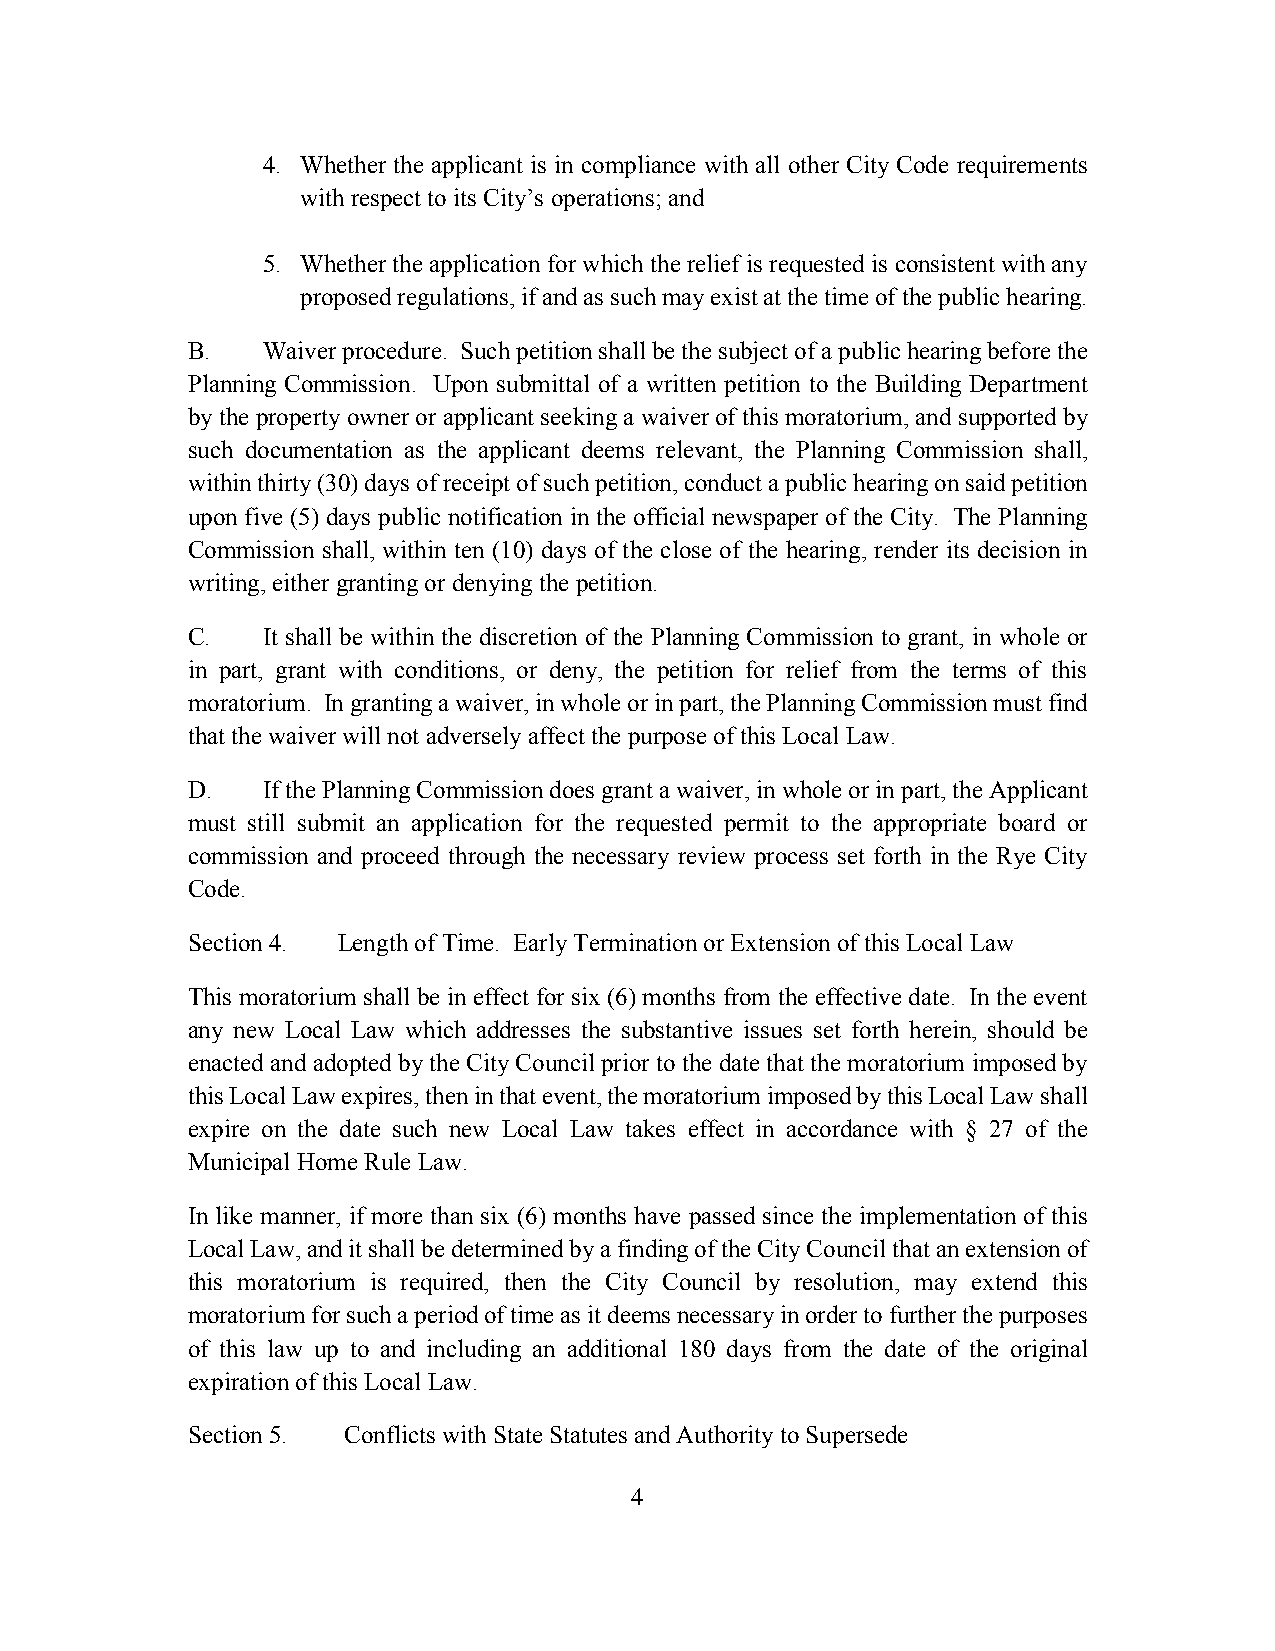
4. Whether the applicant is in compliance with all other City Code requirements
 with respect to its City’s operations; and
 5. Whether the application for which the relief is requested is consistent with any
 proposed regulations, if and as such may exist at the time of the public hearing.
 B.   Waiver procedure. Such petition shall be the subject of a public hearing before the
 Planning Commission. Upon submittal of a written petition to the Building Department
 by the property owner or applicant seeking a waiver of this moratorium, and supported by
 such documentation as the applicant deems relevant, the Planning Commission shall,
 within thirty (30) days of receipt of such petition, conduct a public hearing on said petition
 upon five (5) days public notification in the official newspaper of the City. The Planning
 Commission shall, within ten (10) days of the close of the hearing, render its decision in
 writing, either granting or denying the petition.
 C.   It shall be within the discretion of the Planning Commission to grant, in whole or
 in part, grant with conditions, or deny, the petition for relief from the terms of this
 moratorium. In granting a waiver, in whole or in part, the Planning Commission must find
 that the waiver will not adversely affect the purpose of this Local Law.
 D.   If the Planning Commission does grant a waiver, in whole or in part, the Applicant
 must still submit an application for the requested permit to the appropriate board or
 commission and proceed through the necessary review process set forth in the Rye City
 Code.
 Section 4. Length of Time. Early Termination or Extension of this Local Law
 This moratorium shall be in effect for six (6) months from the effective date. In the event
 any new Local Law which addresses the substantive issues set forth herein, should be
 enacted and adopted by the City Council prior to the date that the moratorium imposed by
 this Local Law expires, then in that event, the moratorium imposed by this Local Law shall
 expire on the date such new Local Law takes effect in accordance with § 27 of the
 Municipal Home Rule Law.
 In like manner, if more than six (6) months have passed since the implementation of this
 Local Law, and it shall be determined by a finding of the City Council that an extension of
 this moratorium is required, then the City Council by resolution, may extend this
 moratorium for such a period of time as it deems necessary in order to further the purposes
 of this law up to and including an additional 180 days from the date of the original
 expiration of this Local Law.
 Section 5. Conflicts with State Statutes and Authority to Supersede
 4